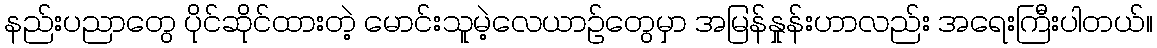
နည်းပညာတွေ ပိုင်ဆိုင်ထားတဲ့ မောင်းသူမဲ့လေယာဉ်တွေမှာ အမြန်နှုန်းဟာလည်း အရေးကြီးပါတယ်။